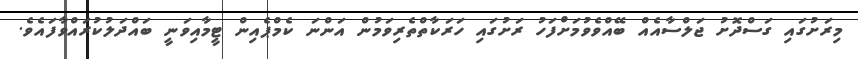
މިރަށުގައި ގަސްދޮށު ޖަލްސާއެއް ބޭއްވެވުމަށްފަހު ރަށުގައި ހަރަކާތްތެރިވަމުން އަންނަ ކެމްޕެއިން ޓީމާއިވަނީ ބައްދަލުކުރައްވާފައެވެ.